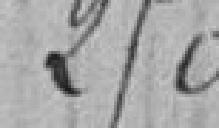
250